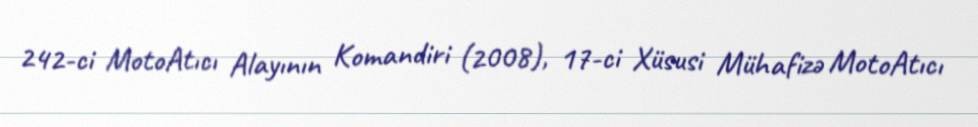
242-ci MotoAtıcı Alayının Komandiri (2008), 17-ci Xüsusi Mühafizə MotoAtıcı